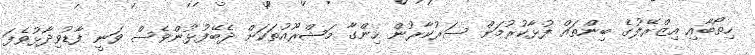
ހިތޯބާއި އިޒްރޭލުގެ ބިންތައް ފުޅާކުރުމަށް ސަރުކާރުން ހިންގާ މަޝްރޫއުތަކަށް ދެބޭފުޅުންވެސް ވަނީ ފާޑުވިދާޅުވެފަ